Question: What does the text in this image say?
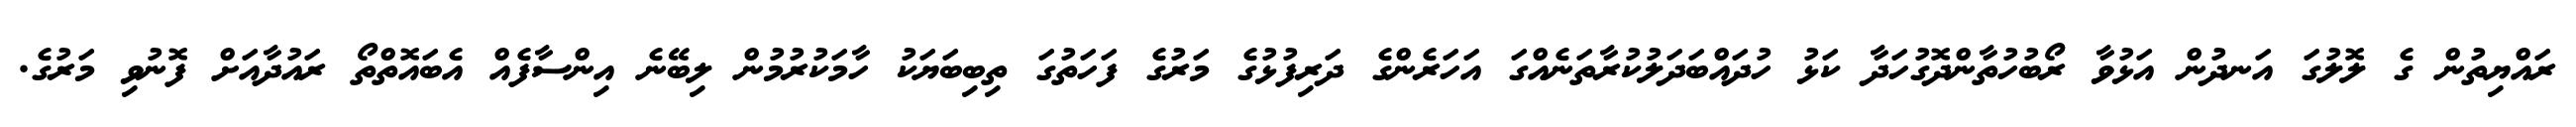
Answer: ރައްޔިތުން ގެ ލޮލުގަ އަނދުން އަޅުވާ ރޯބުހުތާންދޮގުހަދާ ކަޅު ހުދައްބަދަލުކުރާތަނެއްގަ އަހަރެންގެ ދަރިފުޅުގެ މަރުގެ ފަހަތުގަ ތިބިބަޔަކު ހާމަކުރުމުން ލިބޭނެ އިންސާފެއް އެބައޮތްތޯ ރައުދާއަށް ފޮނުވި މަރުގެ.